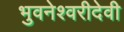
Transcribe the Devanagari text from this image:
भुवनेश्वरीदेवी